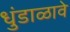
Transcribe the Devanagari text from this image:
धुंडाळावे